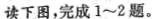
读下图，完成1~2题。